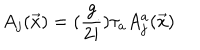
A _ { j } ( \vec { x } ) = ( \frac { g } { 2 i } ) \tau _ { a } A _ { j } ^ { a } ( \vec { x } )